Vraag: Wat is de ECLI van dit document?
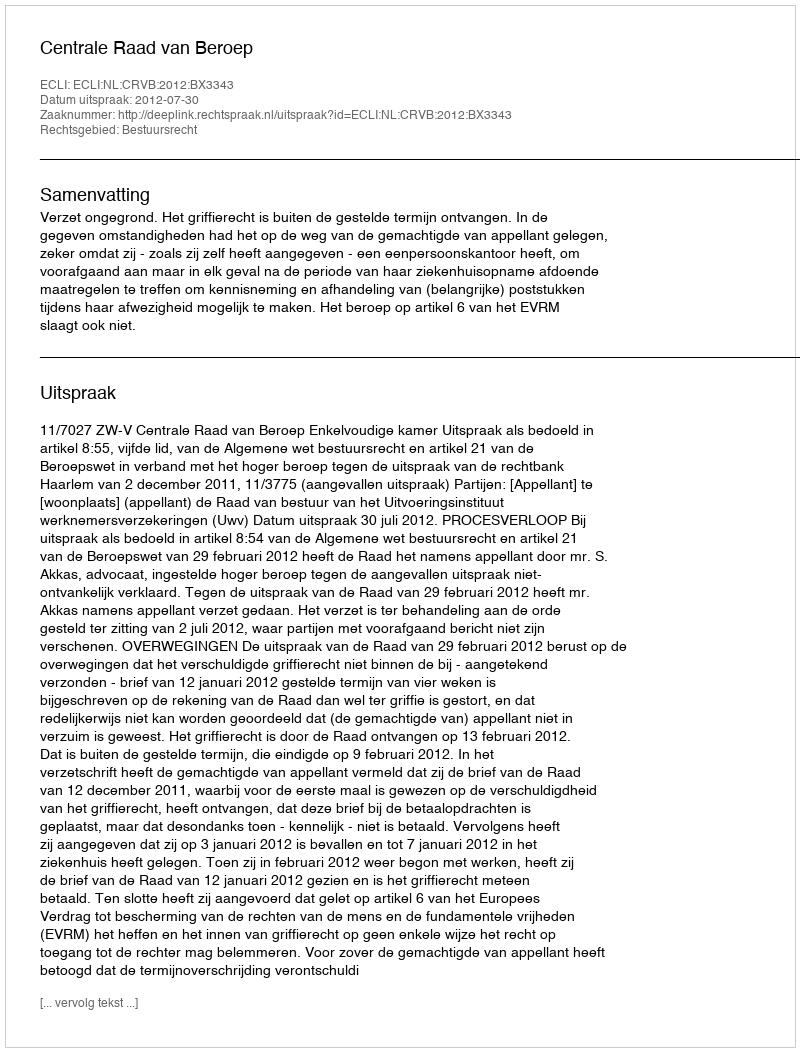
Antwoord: ECLI:NL:CRVB:2012:BX3343